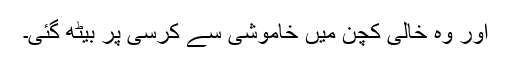
اور وہ خالی کچن میں خاموشی سے کرسی پر بیٹھ گئی۔